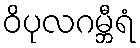
ဝိပုလဂမ္ဘီရံ